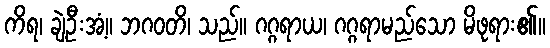
ကိရ၊ ချဲ့ဦးအံ့။ ဘဂဝတိ၊ သည်။ ဂဂ္ဂရာယ၊ ဂဂ္ဂရာမည်သော မိဖုရား၏။